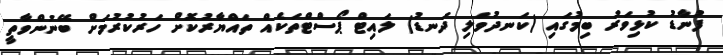
ފުނާޑު ކުޅިވަރު ބިމުގައި (ކަނދުވަލި ދަނޑު) ލައިޓް ޕޯސްޓްތަކެއް ތައްޔާރުކޮށް ހަރުކުރުމަށް ބޭނުންވާތީ